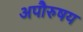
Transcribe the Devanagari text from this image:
अपौरुषय